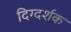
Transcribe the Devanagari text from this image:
दिग्‍दर्शक